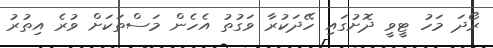
ރޯދަ މަހު ޓީވީ ދޮށުގައި ހޭދަކުރާ ވަގުތު އެހެން މަސްތަކަށް ވުރެ އިތުރު